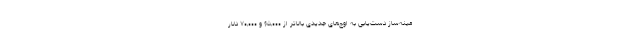
مینه‌ساز دست‌یابی به اوج‌های جدیدی بالاتر از ۶۵,۰۰۰ و ۷۰,۰۰۰ دلار